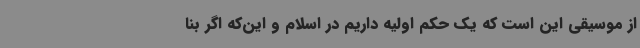
از موسیقی این است که یک حکم اولیه داریم در اسلام و این‌که اگر بنا